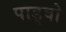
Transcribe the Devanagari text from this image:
पाड्वो